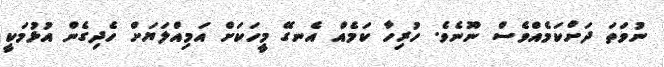
ނުވަތަ ދަށްކަމެއްވެސް ނޫނެވެ. ހުރިހާ ކަމެއް އެނގޭ މީހަކަށް އަމިއްލަޔަށް ހެދިގެން އުޅުމަކީ